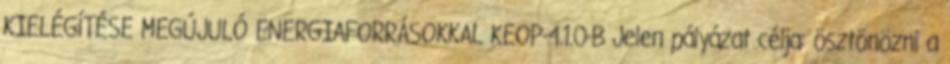
KIELÉGÍTÉSE MEGÚJULÓ ENERGIAFORRÁSOKKAL KEOP-4.1.0-B Jelen pályázat célja: ösztönözni a